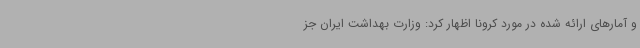
و آمارهای ارائه شده در مورد کرونا اظهار کرد: وزارت بهداشت ایران جز